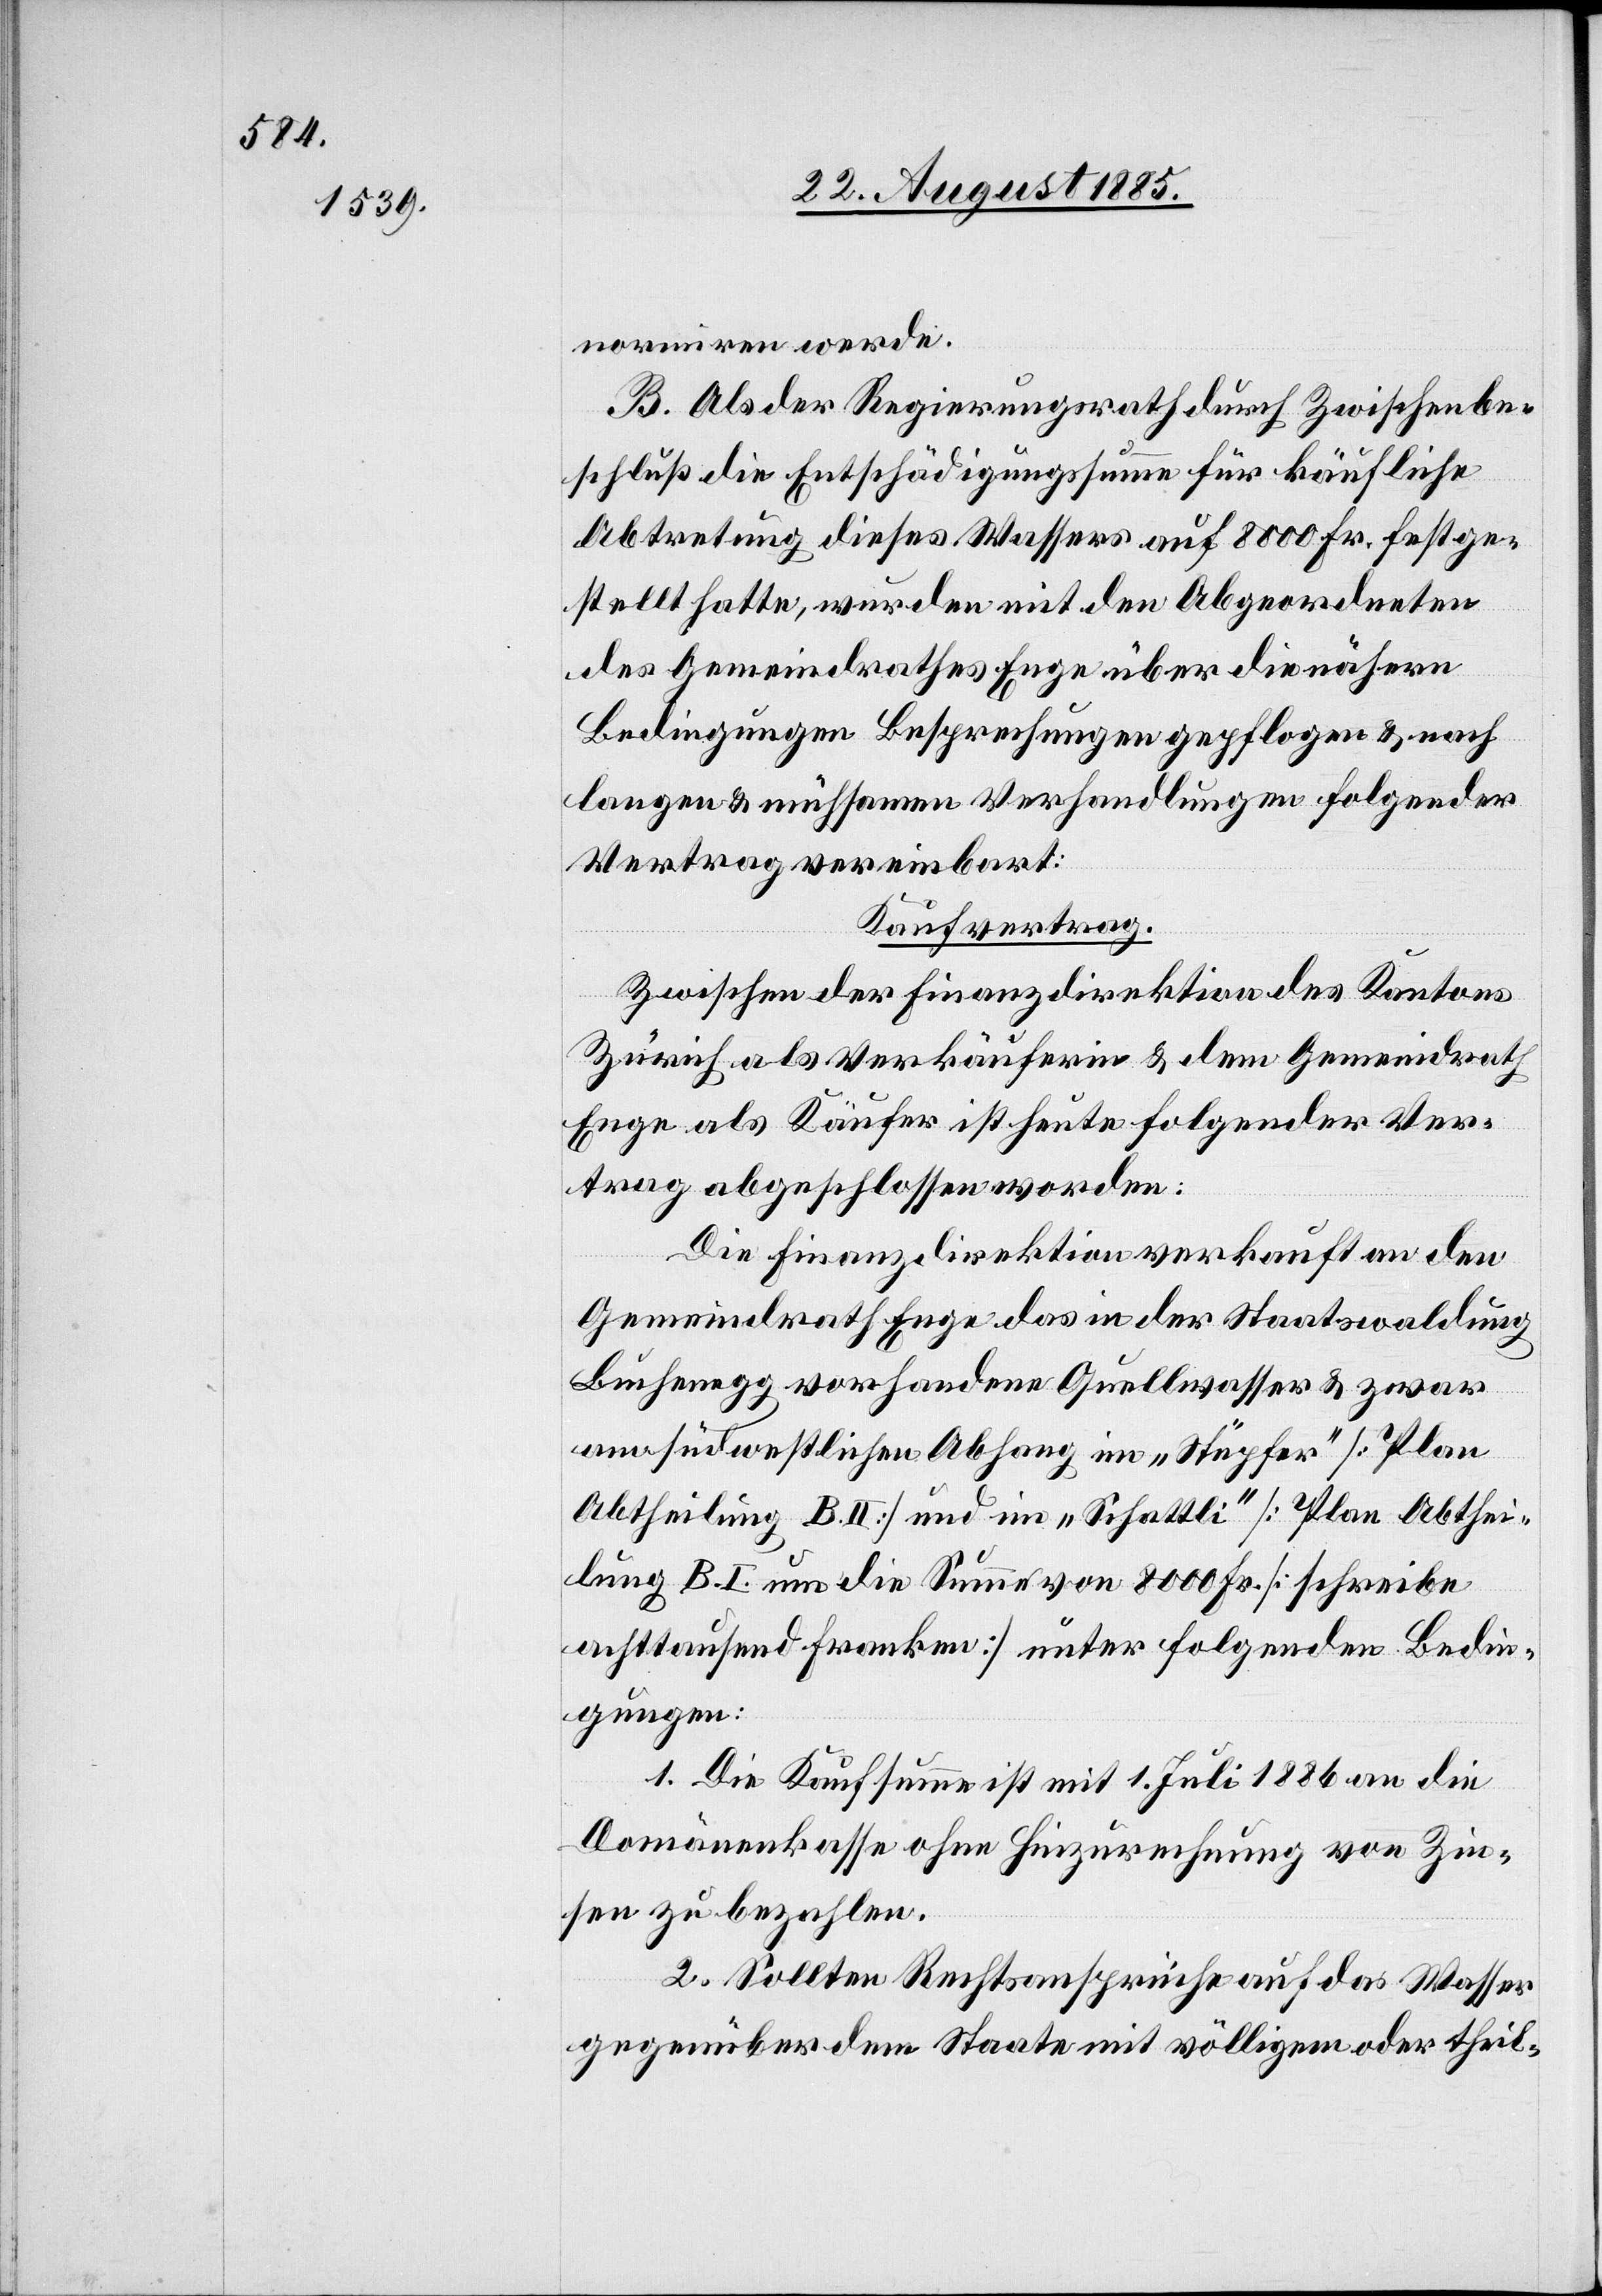
normiren werde.
B. Als der Regierungsrath durch Zwischenbe¬
schluß die Entschädigungssumme für käufliche
Abtretung dieses Wassers auf 8000 Fr. festge¬
stellt hatte, wurden mit den Abgeordneten
des Gemeindrathes Enge über die nähern
Bedingungen Besprechungen gepflogen & nach
langen & mühsamen Verhandlungen folgender
Vertrag vereinbart:
Kaufvertrag.
Zwischen der Finanzdirektion des Kantons
Zürich als Verkäuferin & dem Gemeindrath
Enge als Käufer ist heute folgender Ver¬
trag abgeschlossen worden:
Die Finanzdirektion verkauft an den
Gemeindrath Enge das in der Staatswaldung
Buchenegg vorhande Quellwasser & zwar
am südwestlichen Abhang im „Stüpfer“ [Plan
Abtheilung B. II] und im „Schattli“ [Plan Abthei¬
lung B. I.] um die Summe von 8000 Fr. [schreibe
achttausend Franken] unter folgenden Bedin¬
gungen:
1. Die Kaufsumme ist mit 1. Juli 1886 an die
Domänenkasse ohne Hinzurechnung von Zin¬
sen zu bezahlen.
2. Sollten Rechtsansprüche auf das Wasser
gegenüber dem Staate mit völligem oder theil-